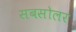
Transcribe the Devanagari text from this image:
सबसोलर